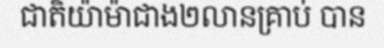
ជាតិយ៉ាម៉ាជាង២លានគ្រាប់ បាន